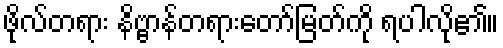
ဖိုလ်တရား နိဗ္ဗာန်တရားတော်မြတ်ကို ရပါလို၏။